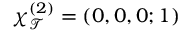
\chi _ { \mathcal { T } } ^ { ( 2 ) } = ( 0 , 0 , 0 ; 1 )